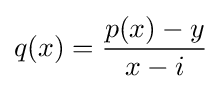
q(x)={\frac {p(x)-y}{x-i}}